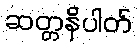
ဆတ္တနိပါတ်